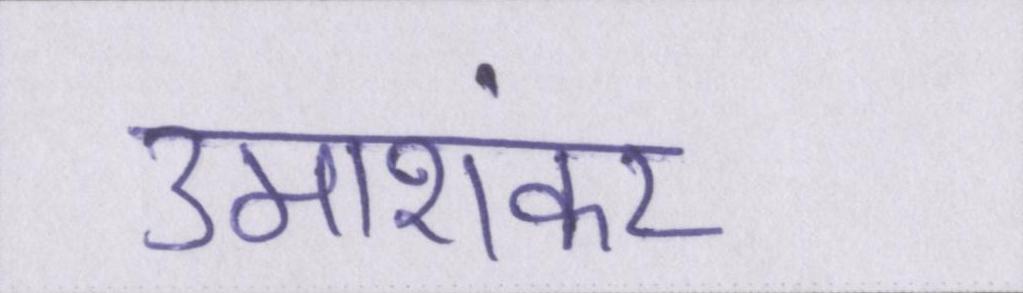
उमाशंकर